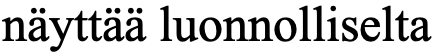
näyttää luonnolliselta